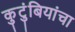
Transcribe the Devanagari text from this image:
कुटुंबियांचा